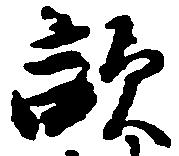
敵